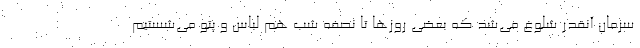
سرمان آنقدر شلوغ می‌شد که بعضی روزها تا نصفه شب هم لباس و پتو می‌شستیم